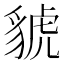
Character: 䝞